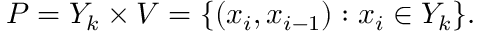
P = Y _ { k } \times V = \{ ( x _ { i } , x _ { i - 1 } ) : x _ { i } \in Y _ { k } \} .